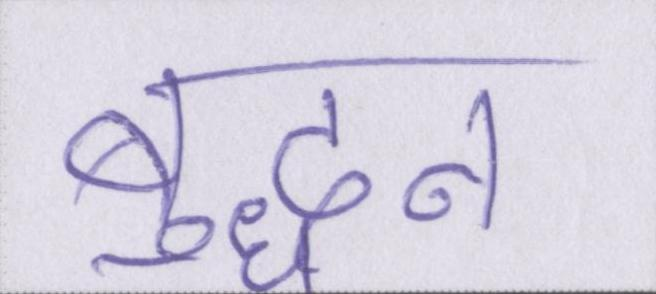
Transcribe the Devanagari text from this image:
बुद्धन